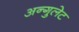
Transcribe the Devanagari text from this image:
अन्गुलेट